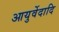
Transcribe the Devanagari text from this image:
आयुर्वेदादि